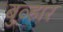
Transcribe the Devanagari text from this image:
बुव्हार